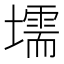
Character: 壖